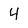
Character: 4